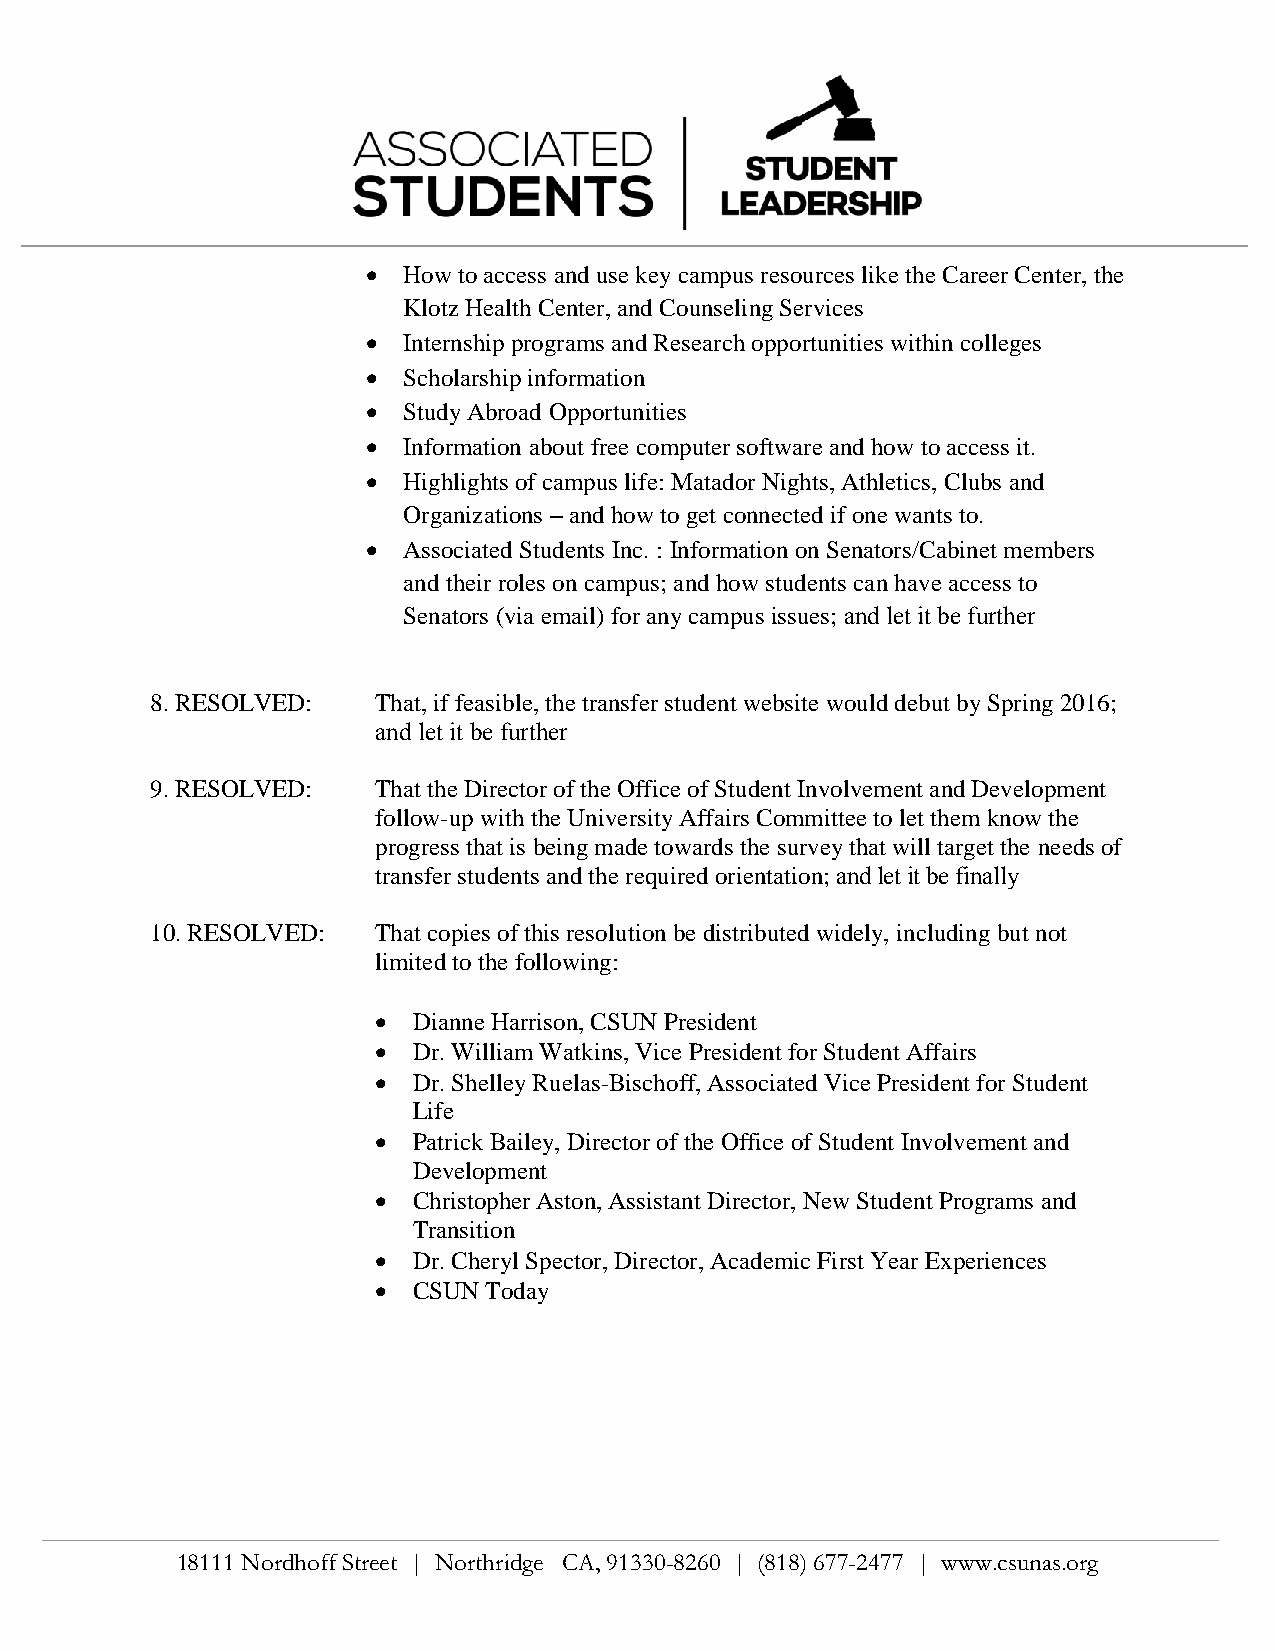
  How to access and use key campus resources like the Career Center, the
 Klotz Health Center, and Counseling Services
   Internship programs and Research opportunities within colleges
   Scholarship information
   Study Abroad Opportunities
   Information about free computer software and how to access it.
   Highlights of campus life: Matador Nights, Athletics, Clubs and
 Organizations – and how to get connected if one wants to.
   Associated Students Inc. : Information on Senators/Cabinet members
 and their roles on campus; and how students can have access to
 Senators (via email) for any campus issues; and let it be further
 8.RESOLVED:    That, if feasible, the transfer student website would debut by Spring 2016;
 and let it be further
 9.RESOLVED:    That the Director of the Office of Student Involvement and Development
 follow-up with the University Affairs Committee to let them know the
 progress that is being made towards the survey that will target the needs of
 transfer students and the required orientation; and let it be finally
 10.RESOLVED:   That copies of this resolution be distributed widely, including but not
 limited to the following:
  Dianne Harrison, CSUN President
  Dr. William Watkins, Vice President for Student Affairs
  Dr. Shelley Ruelas-Bischoff, Associated Vice President for Student
 Life
  Patrick Bailey, Director of the Office of Student Involvement and
 Development
  Christopher Aston, Assistant Director, New Student Programs and
 Transition
  Dr. Cheryl Spector, Director, Academic First Year Experiences
  CSUN Today
 18111 Nordhoff Street | Northridge CA, 91330-8260 | (818) 677-2477 | www.csunas.org